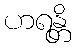
ဟရန္တိ